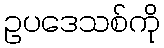
ဥပဒေသစ်ကို